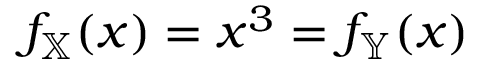
f _ { \mathbb { X } } ( x ) = x ^ { 3 } = f _ { \mathbb { Y } } ( x )